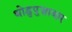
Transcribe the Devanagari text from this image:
थोडुपुज़ायार